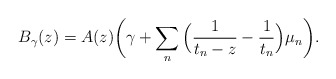
\begin{align*}B_\gamma(z) = A(z) \bigg(\gamma + \sum_n \Big(\frac{1}{t_n-z} -\frac{1}{t_n}\Big) \mu_n \bigg).\end{align*}